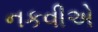
નકવીએ